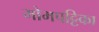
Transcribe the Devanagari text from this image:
मोमपट्टिका